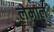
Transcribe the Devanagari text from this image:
लेमाल